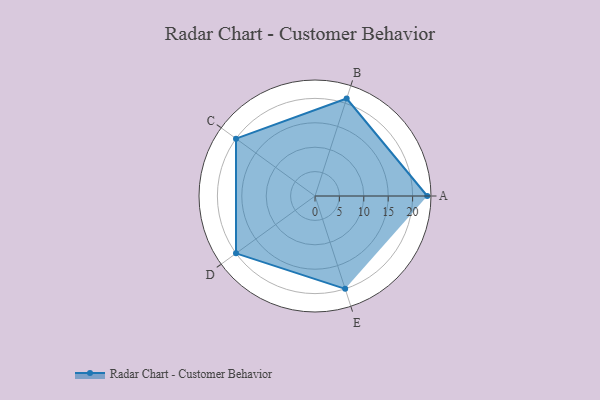
{"axis": {"x": "Skill", "y": "Score"}, "legend": ["Profile"], "data": [{"x": "A", "y": 23.0, "type": "Profile"}, {"x": "B", "y": 21.0, "type": "Profile"}, {"x": "C", "y": 20, "type": "Profile"}, {"x": "D", "y": 20, "type": "Profile"}, {"x": "E", "y": 20, "type": "Profile"}]}